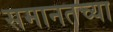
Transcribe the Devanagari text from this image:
समानतच्या